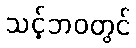
သင့်ဘဝတွင်